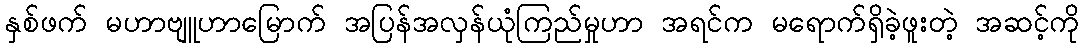
နှစ်ဖက် မဟာဗျူဟာမြောက် အပြန်အလှန်ယုံကြည်မှုဟာ အရင်က မရောက်ရှိခဲ့ဖူးတဲ့ အဆင့်ကို